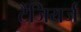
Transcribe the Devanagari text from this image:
टैंजियर्ज